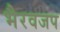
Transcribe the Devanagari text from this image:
भैरवजप